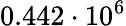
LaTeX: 0.442\cdot 10^{6}